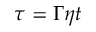
\tau = \Gamma \eta t